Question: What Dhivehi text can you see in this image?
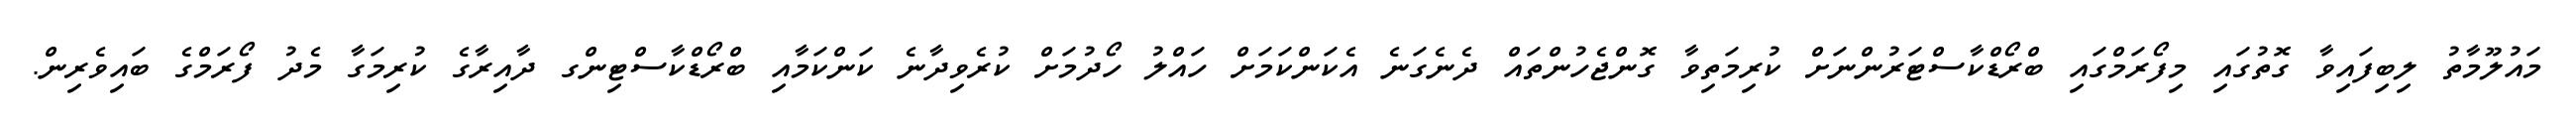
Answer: މައުލޫމާތު ލިބިފައިވާ ގޮތުގައި މިފޯރަމްގައި ބްރޯޑްކާސްޓަރުންނަށް ކުރިމަތިވާ ގޮންޖެހުންތައް ދެނެގަނެ އެކަންކަމަށް ހައްލު ހޯދުމަށް ކުރެވިދާނެ ކަންކަމާއި ބްރޯޑްކާސްޓިންގ ދާއިރާގެ ކުރިމަގާ މެދު ފޯރަމްގެ ބައިވެރިން.